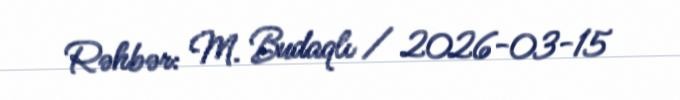
Rəhbər: M. Budaqlı / 2026-03-15